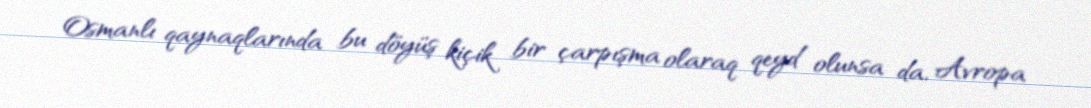
Osmanlı qaynaqlarında bu döyüş kiçik bir çarpışma olaraq qeyd olunsa da, Avropa